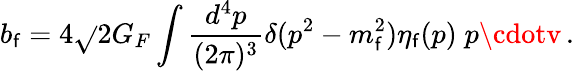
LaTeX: b_{\mathsf{f}}=4\sqrt{}{{2}}G_{F}\int\frac{{d^{4}p}}{{(2\pi)^{3}}}\delta(p^{2}-m_{\mathsf{f}}^{2})\eta_{\mathsf{f}}(p)\; p\cdotv\, .